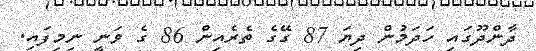
ދާންދޫގައި ހަދަމުން ދިޔަ 87 ގޭގެ ތެރެއިން 86 ގެ ވަނީ ނިމިފައި.